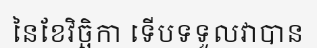
នៃខែវិច្ឆិកា ទើបទទួលវាបាន